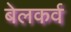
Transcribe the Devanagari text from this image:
बेलकर्व